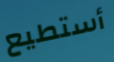
أستطيع